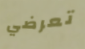
تعرضي